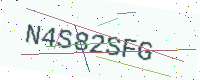
Text: N4S82SFG